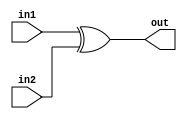
/*
    CS/ECE 552 Spring '19
    Homework #3, Problem 2

    2 input XOR
*/
module xor2 (in1,in2,out);
    input in1,in2;
    output out;
    assign out = in1 ^ in2;
endmodule